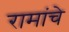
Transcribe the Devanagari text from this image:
रामांचे